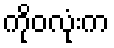
ကိုဝလုံးက